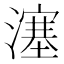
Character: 𤀕